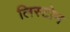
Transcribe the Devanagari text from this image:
लिस्टोन